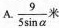
A. \frac{9}{5 \sin \alpha} 米